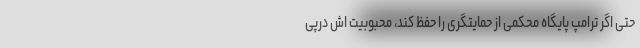
حتی اگر ترامپ پایگاه محکمی از حمایتگری را حفظ کند، محبوبیت اش درپی